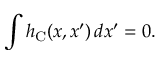
\int h _ { \mathrm { C } } ( x , x ^ { \prime } ) \, d x ^ { \prime } = 0 .